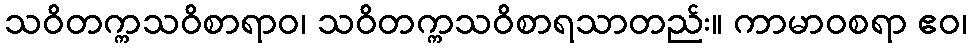
သဝိတက္ကသဝိစာရာဝ၊ သဝိတက္ကသဝိစာရသာတည်း။ ကာမာဝစရာ ဧဝ၊